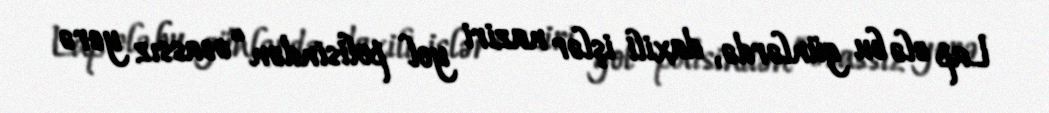
Lap elə bu günlərdə, daxili işlər naziri yol polisindən “əsassız yerə